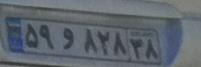
۵۹و۸۲۸۴۸